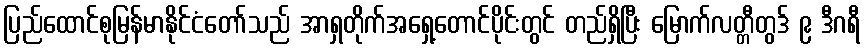
ပြည်ထောင်စုမြန်မာနိုင်ငံတော်သည် အာရှတိုက်အရှေ့တောင်ပိုင်းတွင် တည်ရှိပြီး မြောက်လတ္တီတွဒ် ၉ ဒီဂရီ